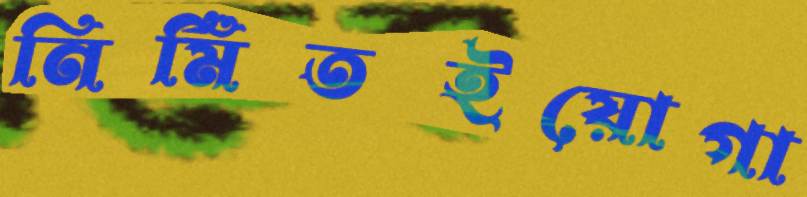
নির্মিতইয়োগা